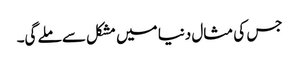
جس کی مثال دنیا میں مشکل سے ملے گی۔